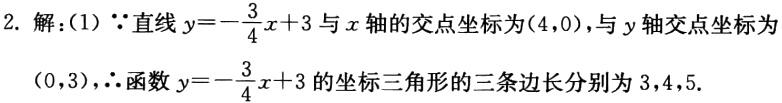
2. 解：(1) $\because$直线$y = -\frac{3}{4}x + 3$与$x$轴的交点坐标为$(4,0)$，与$y$轴交点坐标为$(0,3)$，$\therefore$函数$y = -\frac{3}{4}x + 3$的坐标三角形的三条边长分别为$3,4,5$.